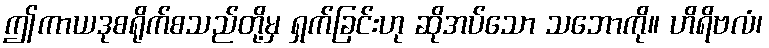
ဤကာယဒုစရိုက်စသည်တို့မှ ရှက်ခြင်းဟု ဆိုအပ်သော သဘောကို။ ဟိရိဗလံ၊